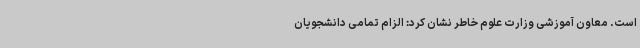
است. معاون آموزشی وزارت علوم خاطر نشان کرد: الزام تمامی دانشجویان